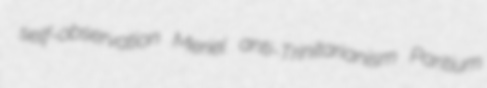
self-observation Meriel anti-Trinitarianism Paritium